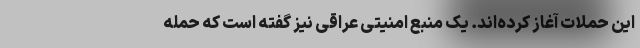
این حملات آغاز کرده‌اند. یک منبع امنیتی عراقی نیز گفته است که حمله